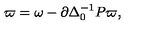
\varpi = \omega - \partial \Delta _ { 0 } ^ { - 1 } P \varpi ,